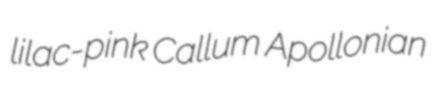
lilac-pink Callum Apollonian